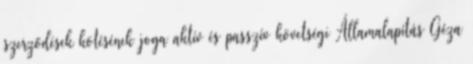
szerződések kötésének joga aktív és passzív követségi Államalapítás Géza